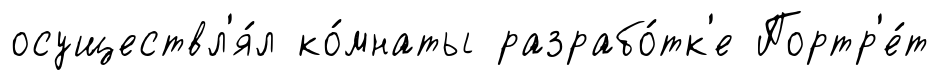
осуществл'я́л ко́мнаты разрабо́тк'е Портр'е́т